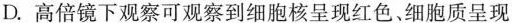
D.高倍镜下观察可观察到细胞核呈现红色、细胞质呈现